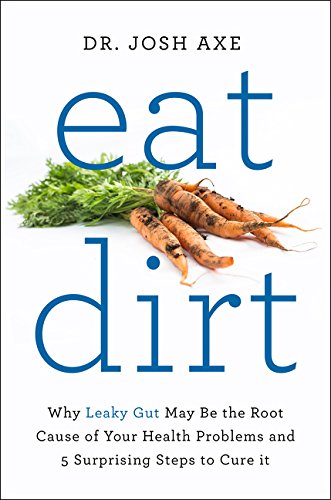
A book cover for Eat Dirt: Why Leaky Gut May Be the Root Cause of Your Health Problems and 5 Surprising Steps to Cure It; Josh Axe; Health, Fitness & Dieting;